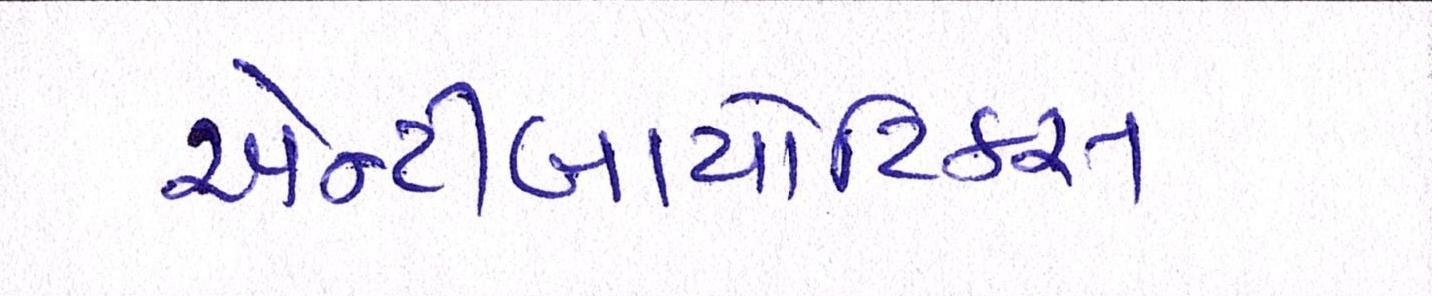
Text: એન્ટીબાયોટિકસ